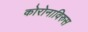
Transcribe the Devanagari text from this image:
कोरोनाविरुस